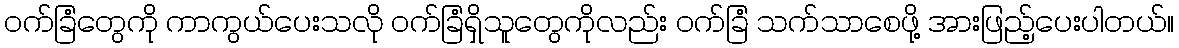
ဝက်ခြံတွေကို ကာကွယ်ပေးသလို ဝက်ခြံရှိသူတွေကိုလည်း ဝက်ခြံ သက်သာစေဖို့ အားဖြည့်ပေးပါတယ်။